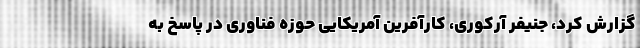
گزارش کرد، جنیفر آرکوری، کارآفرین آمریکایی حوزه فناوری در پاسخ به